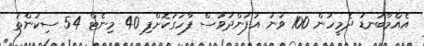
އެއްމާބަނޑު ދެމީހުން 100 ވަނަ އުފަންދުވަސް ފާހަގަކޮށްފި 40 މިނެޓް 54 ސިކުންތު